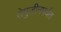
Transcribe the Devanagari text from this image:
तेमुजीनपर्यंत